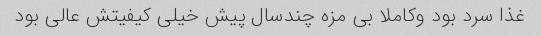
غذا سرد بود وکاملا بی مزه چندسال پیش خیلی کیفیتش عالی بود